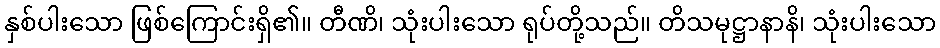
နှစ်ပါးသော ဖြစ်ကြောင်းရှိ၏။ တီဏိ၊ သုံးပါးသော ရုပ်တို့သည်။ တိသမုဋ္ဌာနာနိ၊ သုံးပါးသော